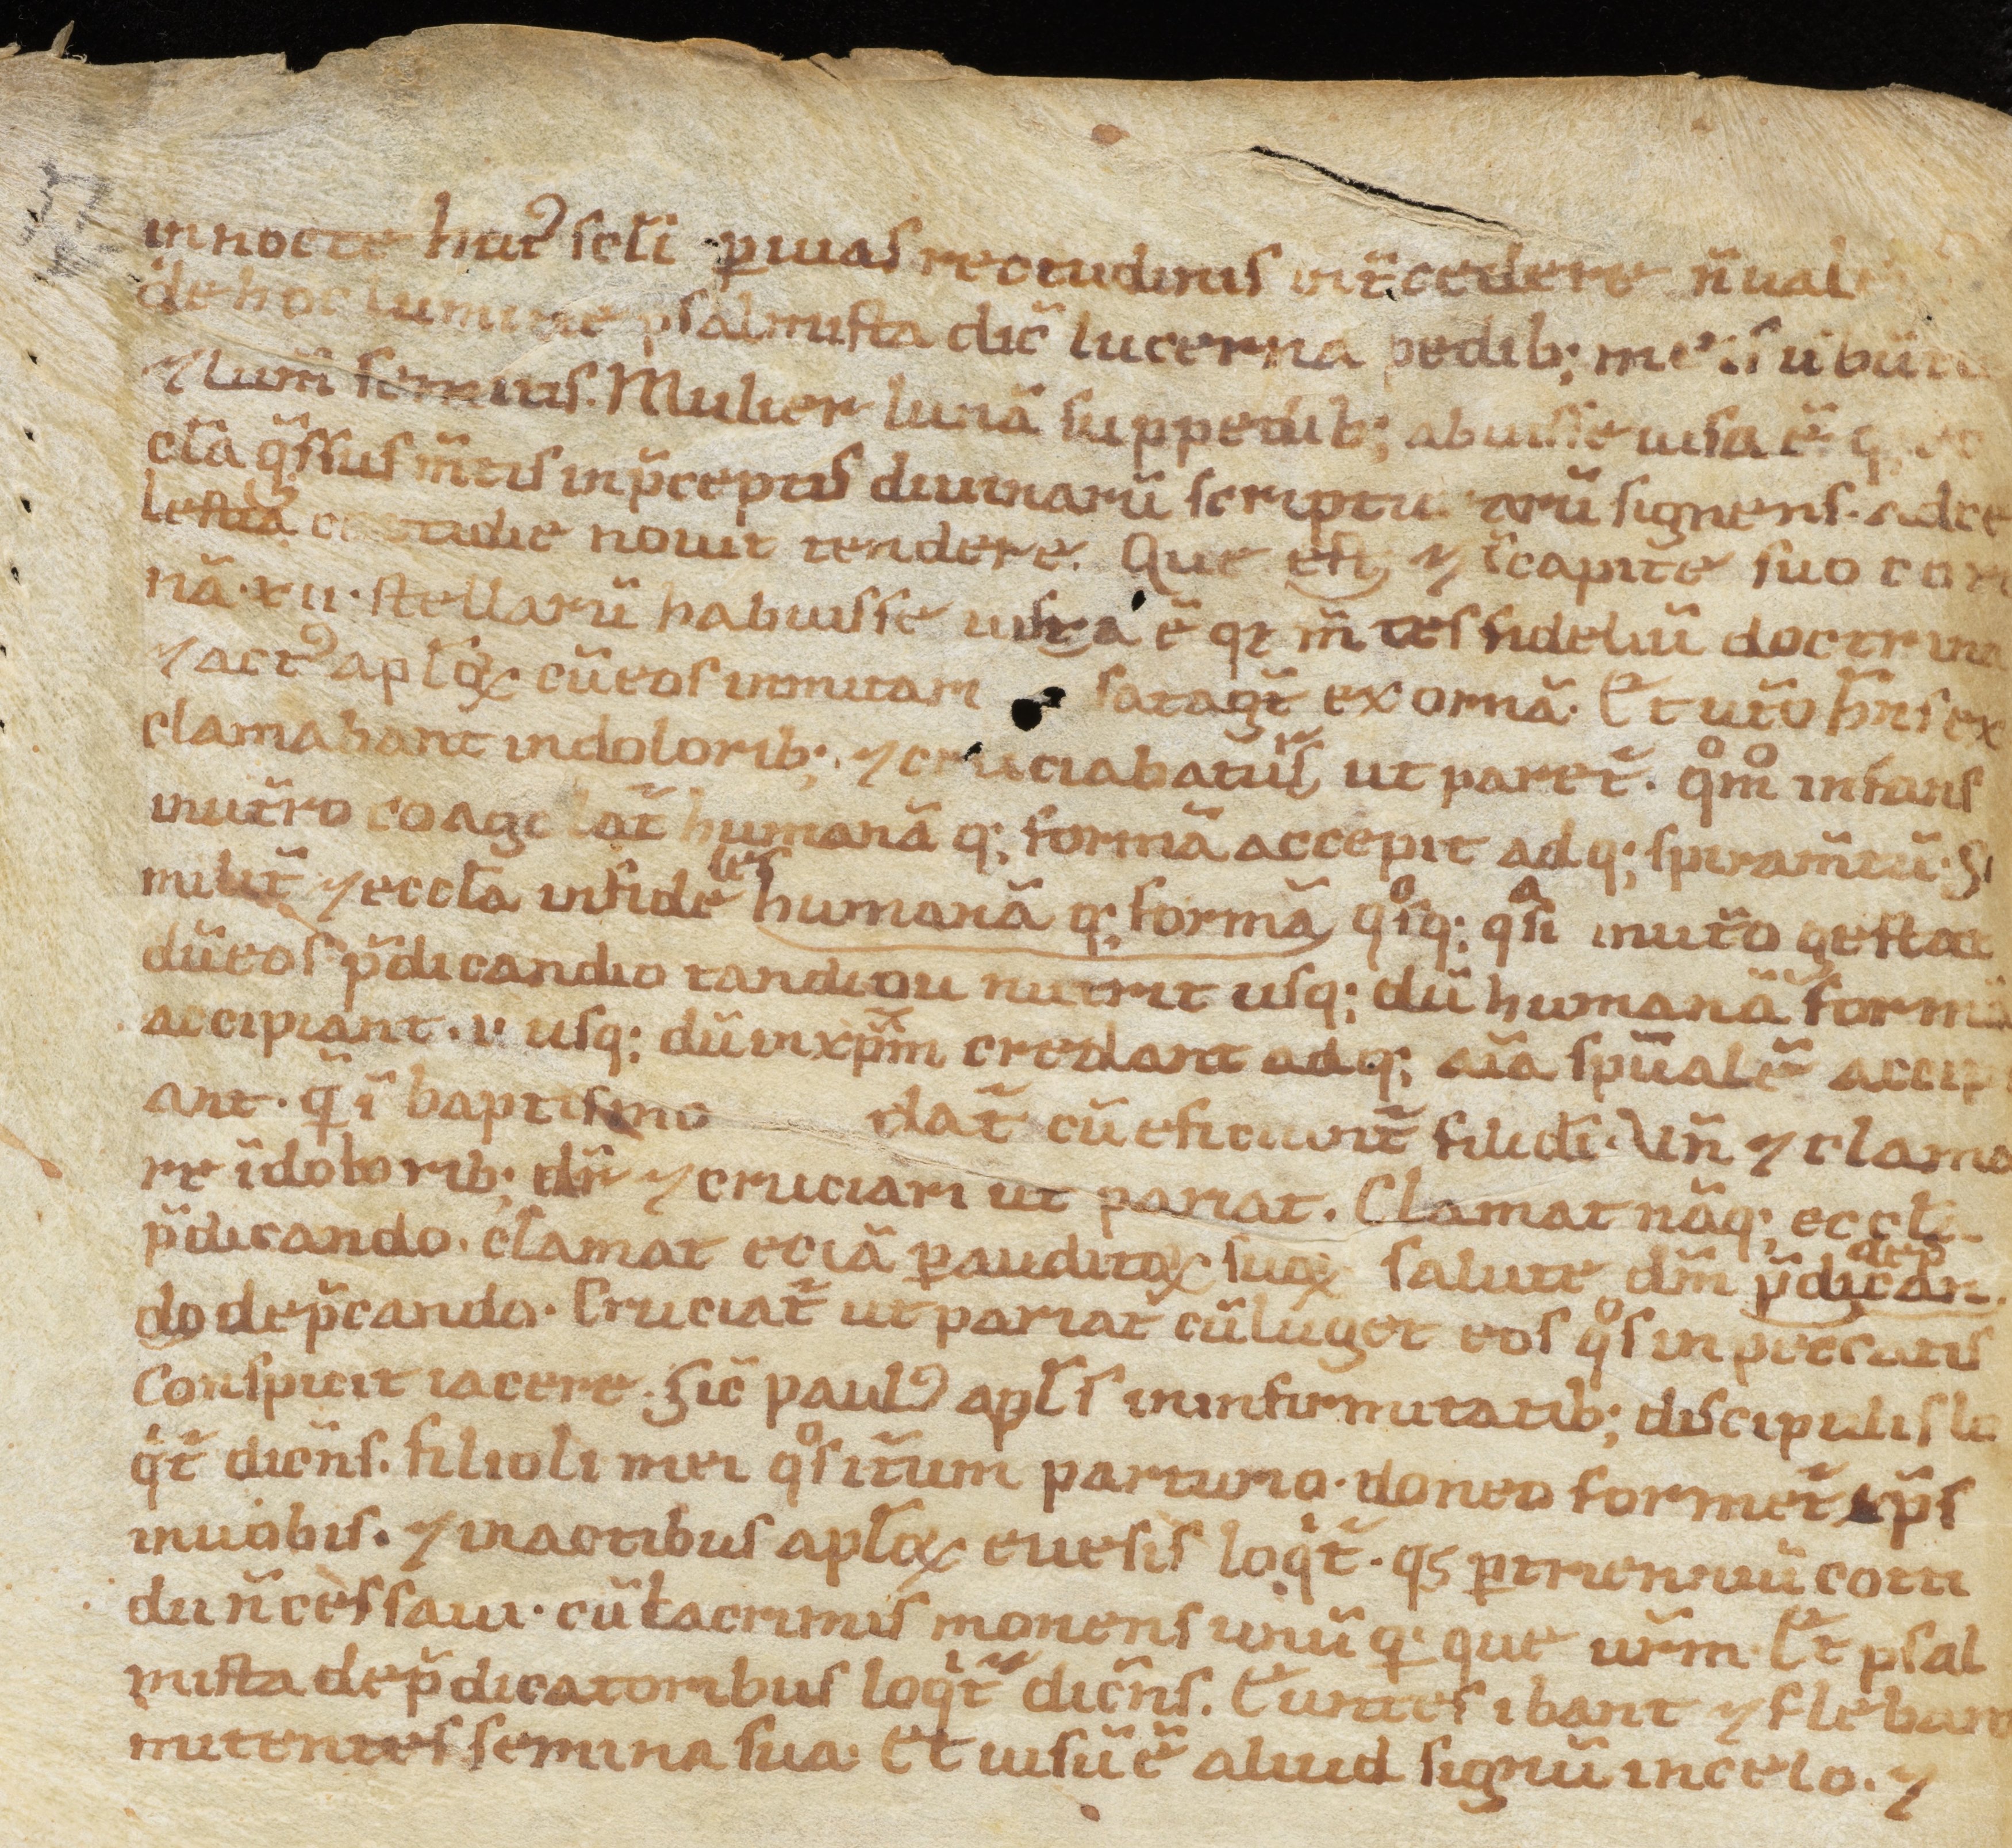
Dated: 1100–1199